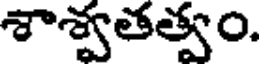
శాశ్వతత్వం.